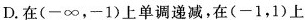
D.在(-∞，-1)上单调递减，在(-1，1)上